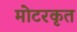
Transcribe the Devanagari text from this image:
मोटरकृत